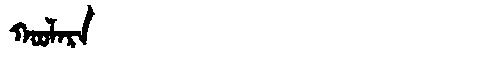
Manchu: ᡴᠣᠣᠯᠠᡵᠠ
Romanization: KOOLARA